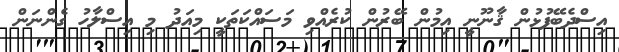
އިސްދެބޭފުޅުން ޤާނޫނީ އިމުން ބޭރުން ކުރެއްވި މަސައްކަތަކީ މިއަދުު މި އިސްލާހު ގެންނަން